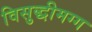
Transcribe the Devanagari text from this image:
विसुद्धीमग्ग